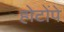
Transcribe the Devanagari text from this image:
होटोंपे